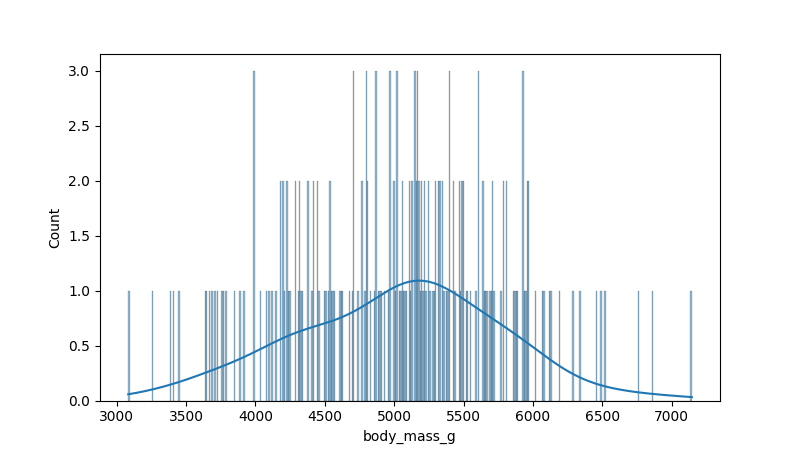
python, seaborn, histplot, hue='all', binwidth=10, bins='auto', element='bars'